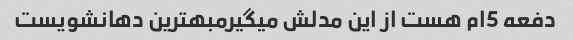
دفعه 5ام هست از این مدلش میگیرمبهترین دهانشویست